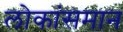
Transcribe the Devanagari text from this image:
लोकांसमान